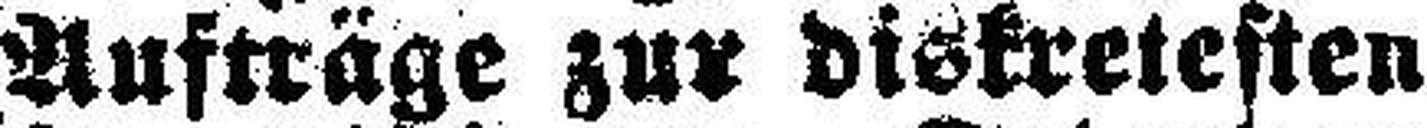
Aufträge zur diskretesten